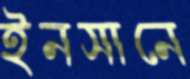
ইনসানে